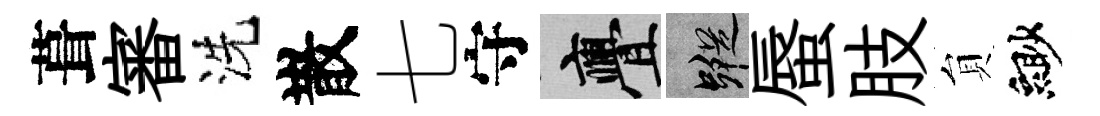
葺審洗散七守亹蹤蜃肢貟緲